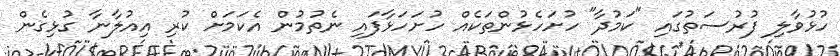
ހުޅުވާލި ފުރުސަތުގައި "ކަމުދާ" ހުށަހެޅުންތަކެއް ހުށަހަޅާފައި ނެތުމުން އެކަމަށް ކުރި އިއުލާނާ ގުޅިގެން